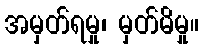
အမှတ်ရမှု၊ မှတ်မိမှု။